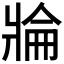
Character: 𱭓